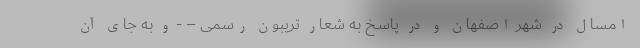
امسال در شهر اصفهان و در پاسخ به شعار تریبون رسمی – - و به جای آن